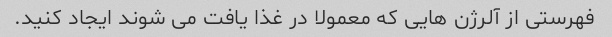
فهرستی از آلرژن هایی که معمولا در غذا یافت می شوند ایجاد کنید.